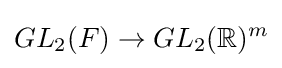
GL_{2}(F)\to GL_{2}(\mathbb {R} )^{m}